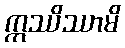
ဣဿိဿာမိ